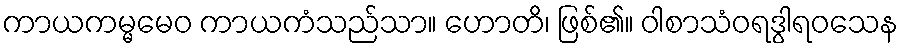
ကာယကမ္မမေဝ ကာယကံသည်သာ။ ဟောတိ၊ ဖြစ်၏။ ဝါစာသံဝရဒွါရဝသေန